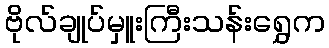
ဗိုလ်ချုပ်မှူးကြီးသန်းရွှေက